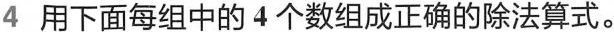
4 用下面每组中的4个数组成正确的除法算式。